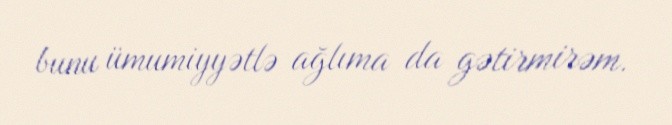
bunu ümumiyyətlə ağlıma da gətirmirəm.